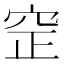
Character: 䆙